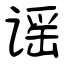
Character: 谣